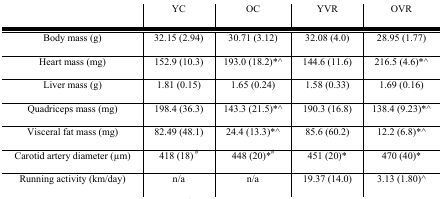
|  | YC | OC | YVR | OVR |
 | --- | --- | --- | --- | --- |
 | Body mass (g) | 32.15 (2.94) | 30.71 (3.12) | 32.08 (4.0) | 28.95 (1.77) |
 | Heart mass (mg) | 152.9 (10.3) | 193.0 (18.2)*^ | 144.6 (11.6) | 216.5 (4.6)*^ |
 | Liver mass (g) | 1.81 (0.15) | 1.65 (0.24) | 1.58 (0.33) | 1.69 (0.16) |
 | Quadriceps mass (mg) | 198.4 (36.3) | 143.3 (21.5)*^ | 190.3 (16.8) | 138.4 (9.23)*^ |
 | Visceral fat mass (mg) | 82.49 (48.1) | 24.4 (13.3)*^ | 85.6 (60.2) | 12.2 (6.8)*^ |
 | Carotid artery diameter (μm) | 418 (18)# | 448 (20)*# | 451 (20)* | 470 (40)* |
 | Running activity (km/day) | n/a | n/a | 19.37 (14.0) | 3.13 (1.80)^ |